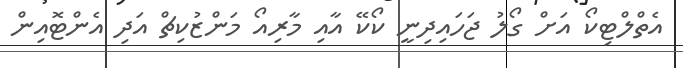
އެތްލްޓިކޯ އަށް ގޯލު ޖަހައިދިނީ ކޯކޭ އާއި މާރިއޯ މަންޒުކިޗް އަދި އެންޓޮއިން